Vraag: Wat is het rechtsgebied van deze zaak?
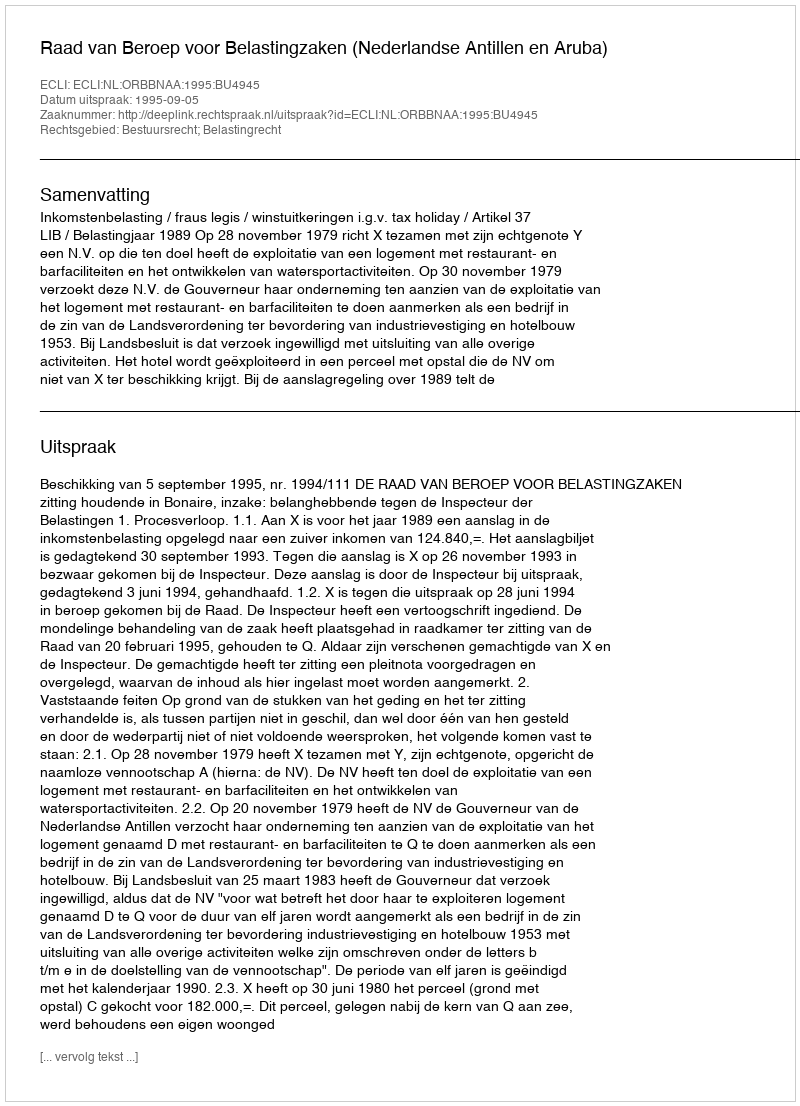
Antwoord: Bestuursrecht; Belastingrecht